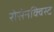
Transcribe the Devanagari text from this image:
रोसेनक्विस्ट